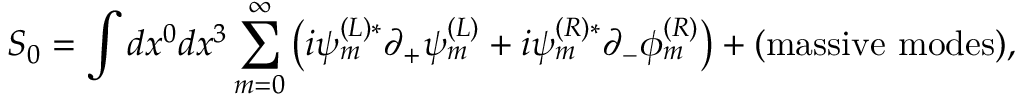
{ \cal S } _ { 0 } = \int d x ^ { 0 } d x ^ { 3 } \sum _ { m = 0 } ^ { \infty } \left( i \psi _ { m } ^ { ( L ) * } \partial _ { + } \psi _ { m } ^ { ( L ) } + i \psi _ { m } ^ { ( R ) * } \partial _ { - } \phi _ { m } ^ { ( R ) } \right) + ( \mathrm { m a s s i v e ~ m o d e s } ) ,